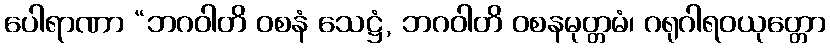
ပေါရာဏာ “ဘဂဝါတိ ဝစနံ သေဋ္ဌံ, ဘဂဝါတိ ဝစနမုတ္တမံ၊ ဂရုဂါရဝယုတ္တော